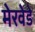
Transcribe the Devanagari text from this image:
मेरवेडे